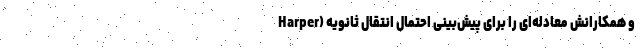
Harper) و همکارانش معادله‌ای را برای پیش‌بینی احتمال انتقال ثانویه